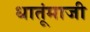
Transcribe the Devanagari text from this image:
धातूंमाजी